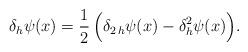
LaTeX: \begin{align*}\delta_h \psi(x)=\frac{1}{2}\, \Big(\delta_{2\,h}\psi (x)-\delta^2_{h}\psi(x)\Big).\end{align*}